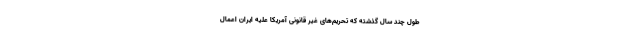
طول چند سال گذشته که تحریم‌های غیر قانونی آمریکا علیه ایران اعمال